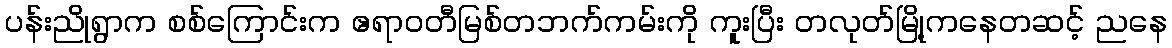
ပန်းညိုရွာက စစ်ကြောင်းက ဧရာဝတီမြစ်တဘက်ကမ်းကို ကူးပြီး တလုတ်မြို့ကနေတဆင့် ညနေ